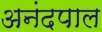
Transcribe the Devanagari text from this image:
अनंदपाल